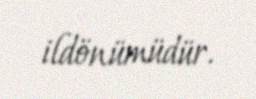
ildönümüdür.